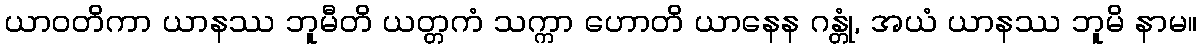
ယာဝတိကာ ယာနဿ ဘူမီတိ ယတ္တကံ သက္ကာ ဟောတိ ယာနေန ဂန္တုံ, အယံ ယာနဿ ဘူမိ နာမ။